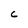
Character: C